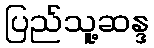
ပြည်သူ့ဆန္ဒ